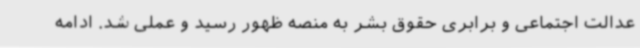
عدالت اجتماعی و برابری حقوق بشر به منصه ظهور رسید و عملی شد. ادامه